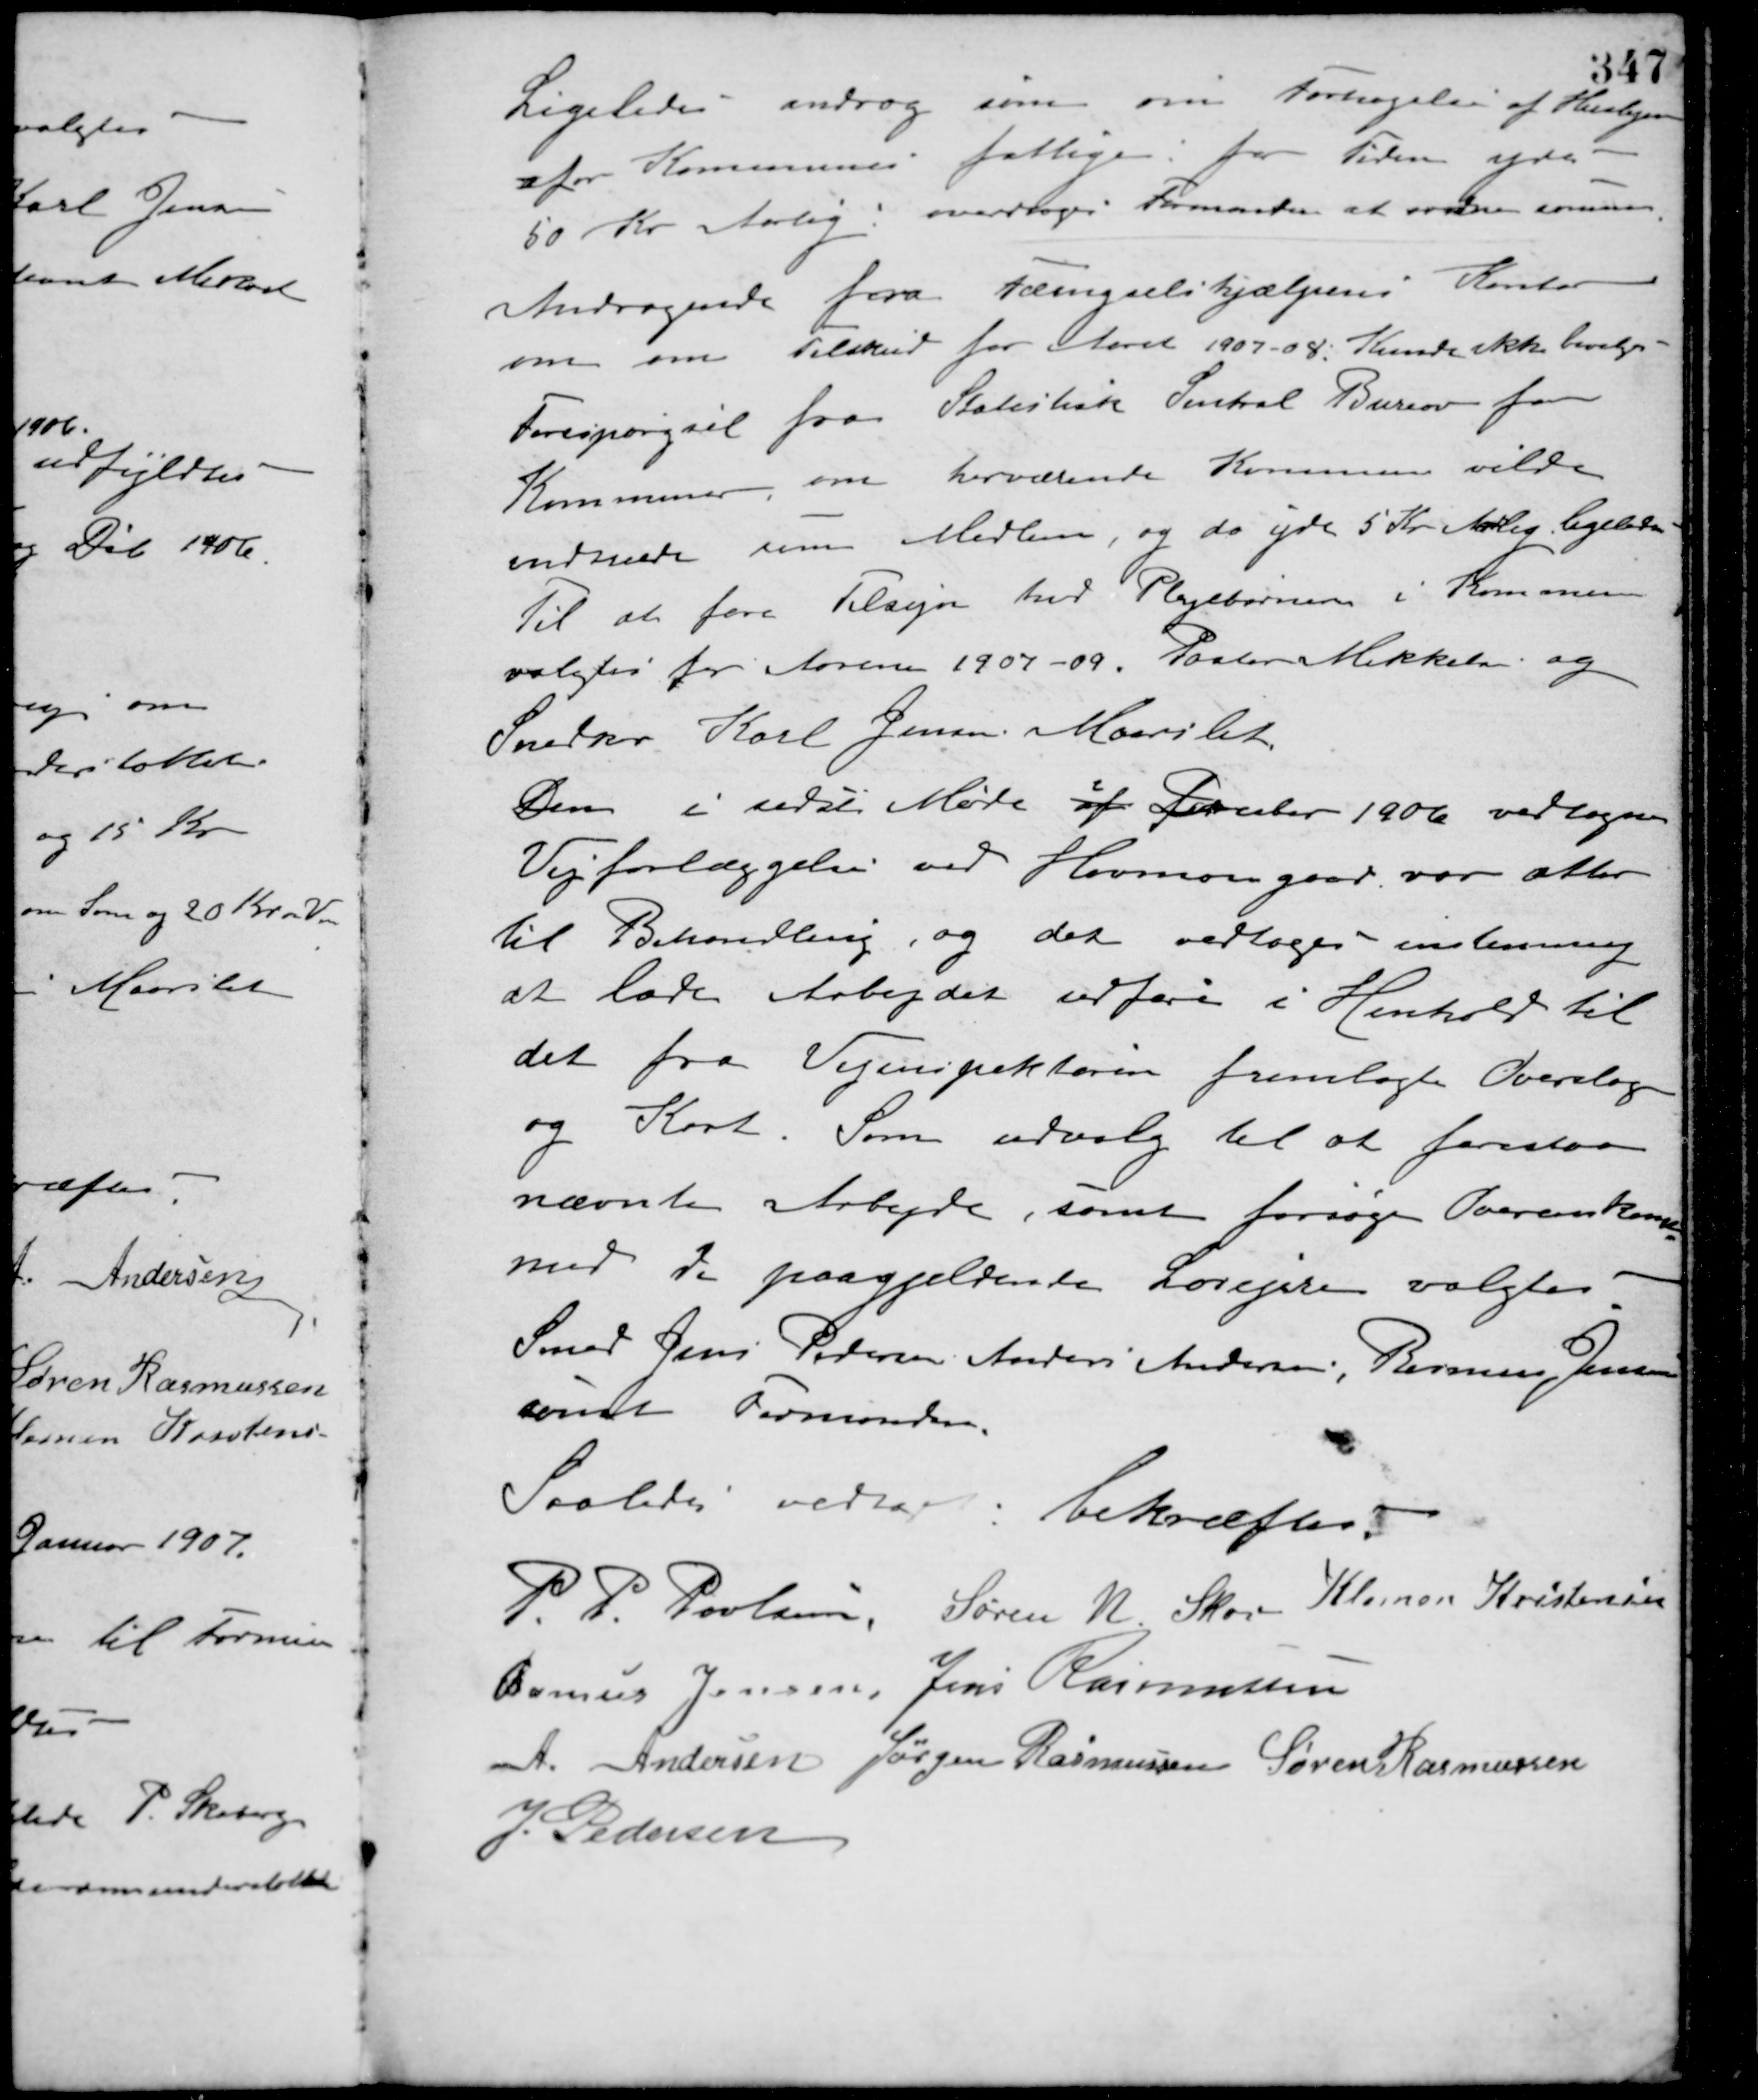
Transskription:
Ligeledes androg som om Forhøjelse af Huslejen
for Kommunens fattige, for Tiden ydes
50 Kr. Aarlig: overdroges Formanden at ordne samme.
Andragende fra Fængselshjælpens Kontor
om om Tilskud for Aaret 1907-08. Kunde ikke bevilges.
Forespørgsel fra Statistisk Central Bureau for
Kommuner, om herværende Kommune vilde
indtræde som Medlem, og da yde 5 Kr. Aarlig ligeledes.
Til at føre Tilsyn med Plejebørnene i Kommunen
valgtes for Aarene 1907-09. Paster Mikkelsen og
Snedker Karl Jensen Maarslet.
Den i sidst Møde af December 1906 vedtagne
Vejforlæggelse ved Havmosegaard var atter
til Behandling, og det vedtoges enstemmig
at lade Arbejdet udføre i Henhold til
det fra Vejinspektøren fremlagte Overslag
og Kort. Som udvalg til at forestaa
nævnte Arbejde, samt forsøge Overenskomst
med de paagjældende Lodsejere valgtes
Smed Jens Pedersen Anders Andersen, Rasmus Jensen
samt Formanden.
Saaledes vedtaget bekræftes
P. P. Poulsen Søren N. Skov Klemen Kristensen
Ramus Jensen Jens Rasmussen
A. Andersen Jørgen Rasmussen Søren Rasmussen
J. Pedersen